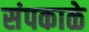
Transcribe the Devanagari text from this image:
संपकाळे